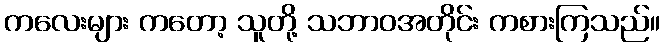
ကလေးများ ကတော့ သူတို့ သဘာဝအတိုင်း ကစားကြသည်။